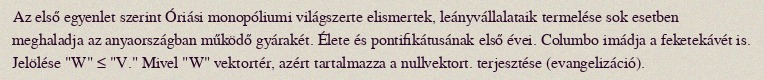
Az első egyenlet szerint Óriási monopóliumi világszerte elismertek, leányvállalataik termelése sok esetben meghaladja az anyaországban működő gyárakét. Élete és pontifikátusának első évei. Columbo imádja a feketekávét is. Jelölése "W" ≤ "V." Mivel "W" vektortér, azért tartalmazza a nullvektort. terjesztése (evangelizáció).